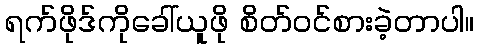
ရက်ဖိုဒ်ကိုခေါ်ယူဖို စိတ်ဝင်စားခဲ့တာပါ။